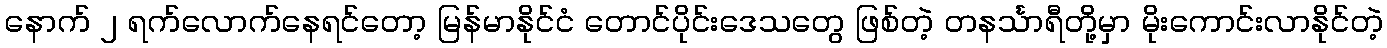
နောက် ၂ ရက်လောက်နေရင်တော့ မြန်မာနိုင်ငံ တောင်ပိုင်းဒေသတွေ ဖြစ်တဲ့ တနင်္သာရီတို့မှာ မိုးကောင်းလာနိုင်တဲ့